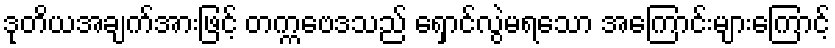
ဒုတိယအချက်အားဖြင့် တက္ကဗေဒသည် ရှောင်လွဲမရသော အကြောင်းများကြောင့်